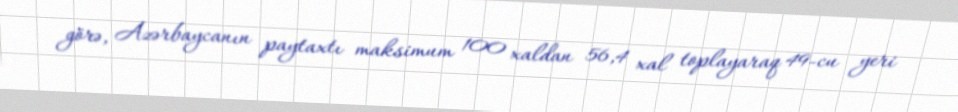
görə, Azərbaycanın paytaxtı maksimum 100 xaldan 56,4 xal toplayaraq 49-cu yeri